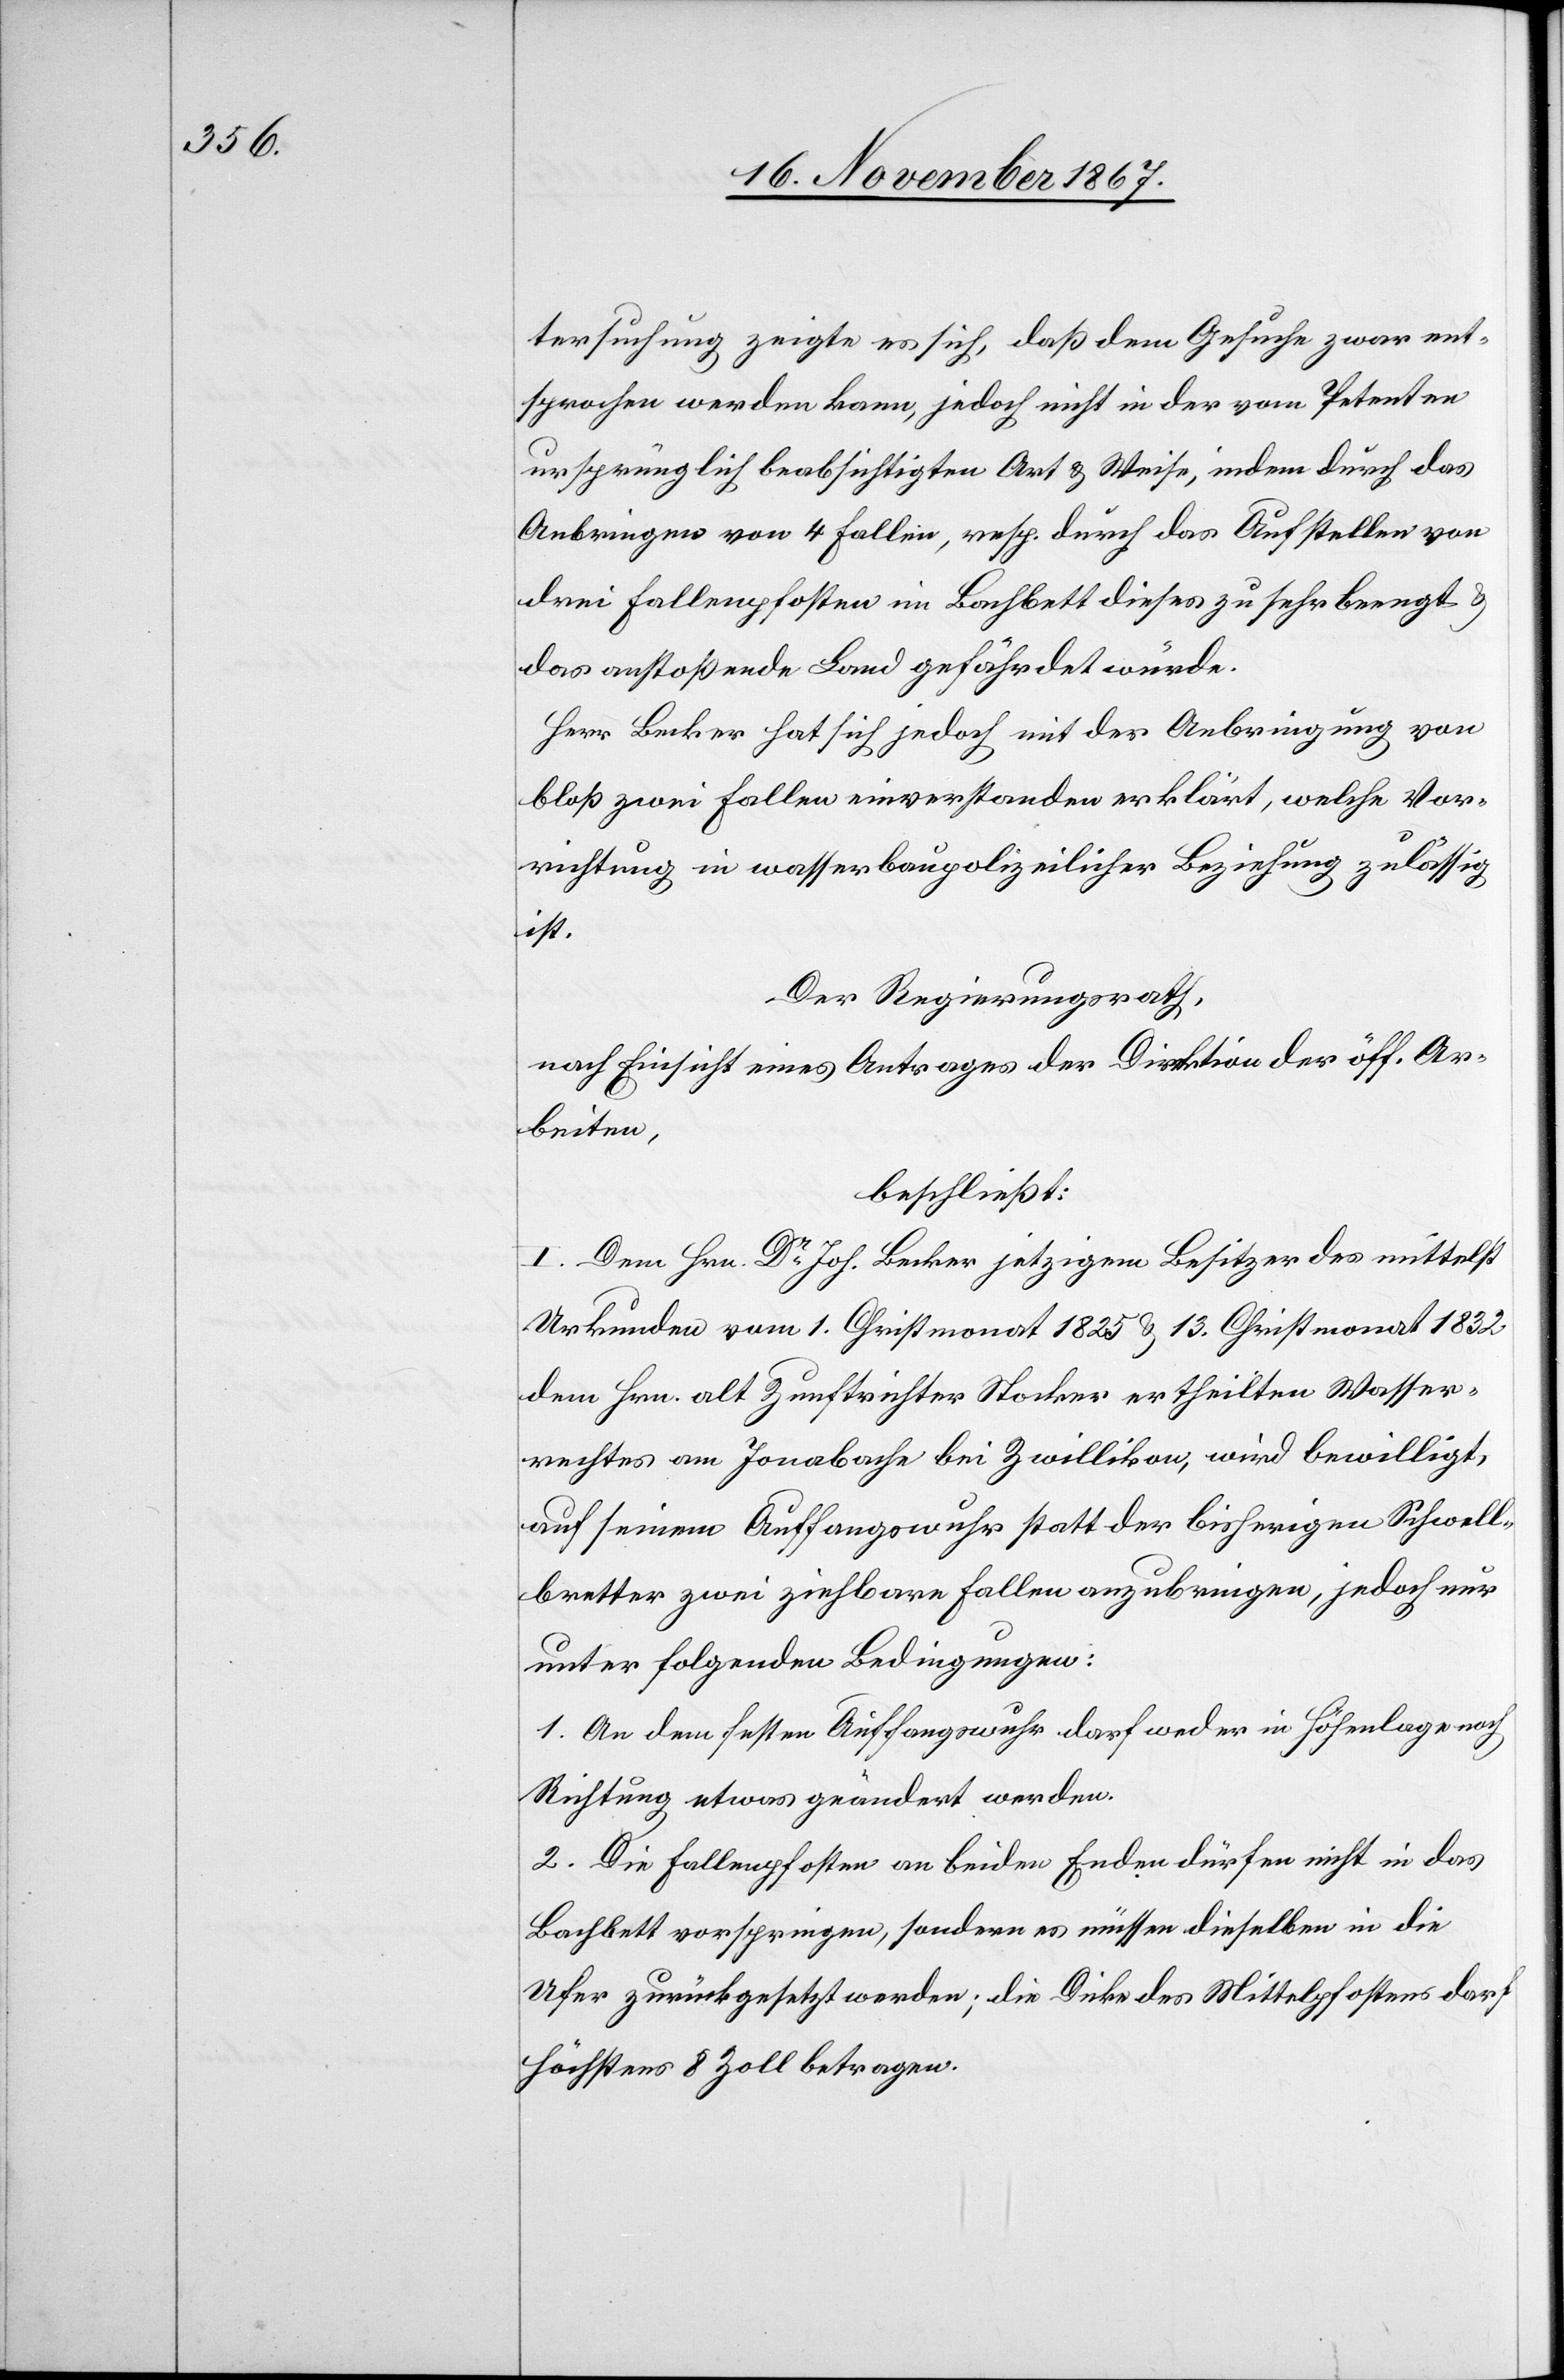
tersuchung zeigte es sich, daß dem Gesuche zwar ent¬
sprochen werden kann, jedoch nicht in der vom Petenten
ursprünglich beabsichtigten Art u. Weise, indem durch das
Anbringen von 4 Fallen, resp. durch das Aufstellen von
drei Fallenpfosten im Bachbett dieses zu sehr beengt u.
das anstoßende Land gefährdet würde.
Herr Becker hat sich jedoch mit der Anbringung von
bloß zwei Fallen einverstanden erklärt, welche Vor¬
richtung in wasserbaupolizeilicher Beziehung zulässig
ist.
Der Regierungsrath,
nach Einsicht eines Antrages der Direktion der öff. Ar¬
beiten,
beschließt:
I. Dem Hrn. Dr. Joh. Becker jetzigem Besitzer des mittelst
Urkunden vom 1. Christmonat 1825 u. 13. Christmonat 1832
dem Hrn. alt Zunftrichter Stocker ertheilten Wasser¬
rechtes am Jonabache bei Zwillikon, wird bewilligt,
auf seinem Auffangswuhr statt der bisherigen Schwell¬
bretter zwei ziehbare Fallen anzubringen, jedoch nur
unter folgenden Bedingungen:
1. An dem festen Auffangswuhr darf weder in Höhenlagen
Richtung etwas geändert werden.
2. Die Fallenpfosten an beiden Enden dürfen nicht in das
Bachbett vorspringen, sondern es müssen dieselben in die
Ufer zurückgesetzt werden; die Docke des Mittelpfostens darf
höchstens 8 Zoll betragen.